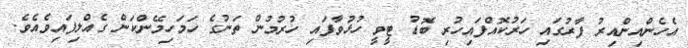
އެހެންއިންއިރު ފާރުގައި ހަރުކޮއްފައިހުރި ބޮޑު ޓީވީ ހުޅުވާފައި ހުރުމުން ތަނުގެ ހަމަހިމޭންކަން ގެއްލިފައިވެއެވެ.